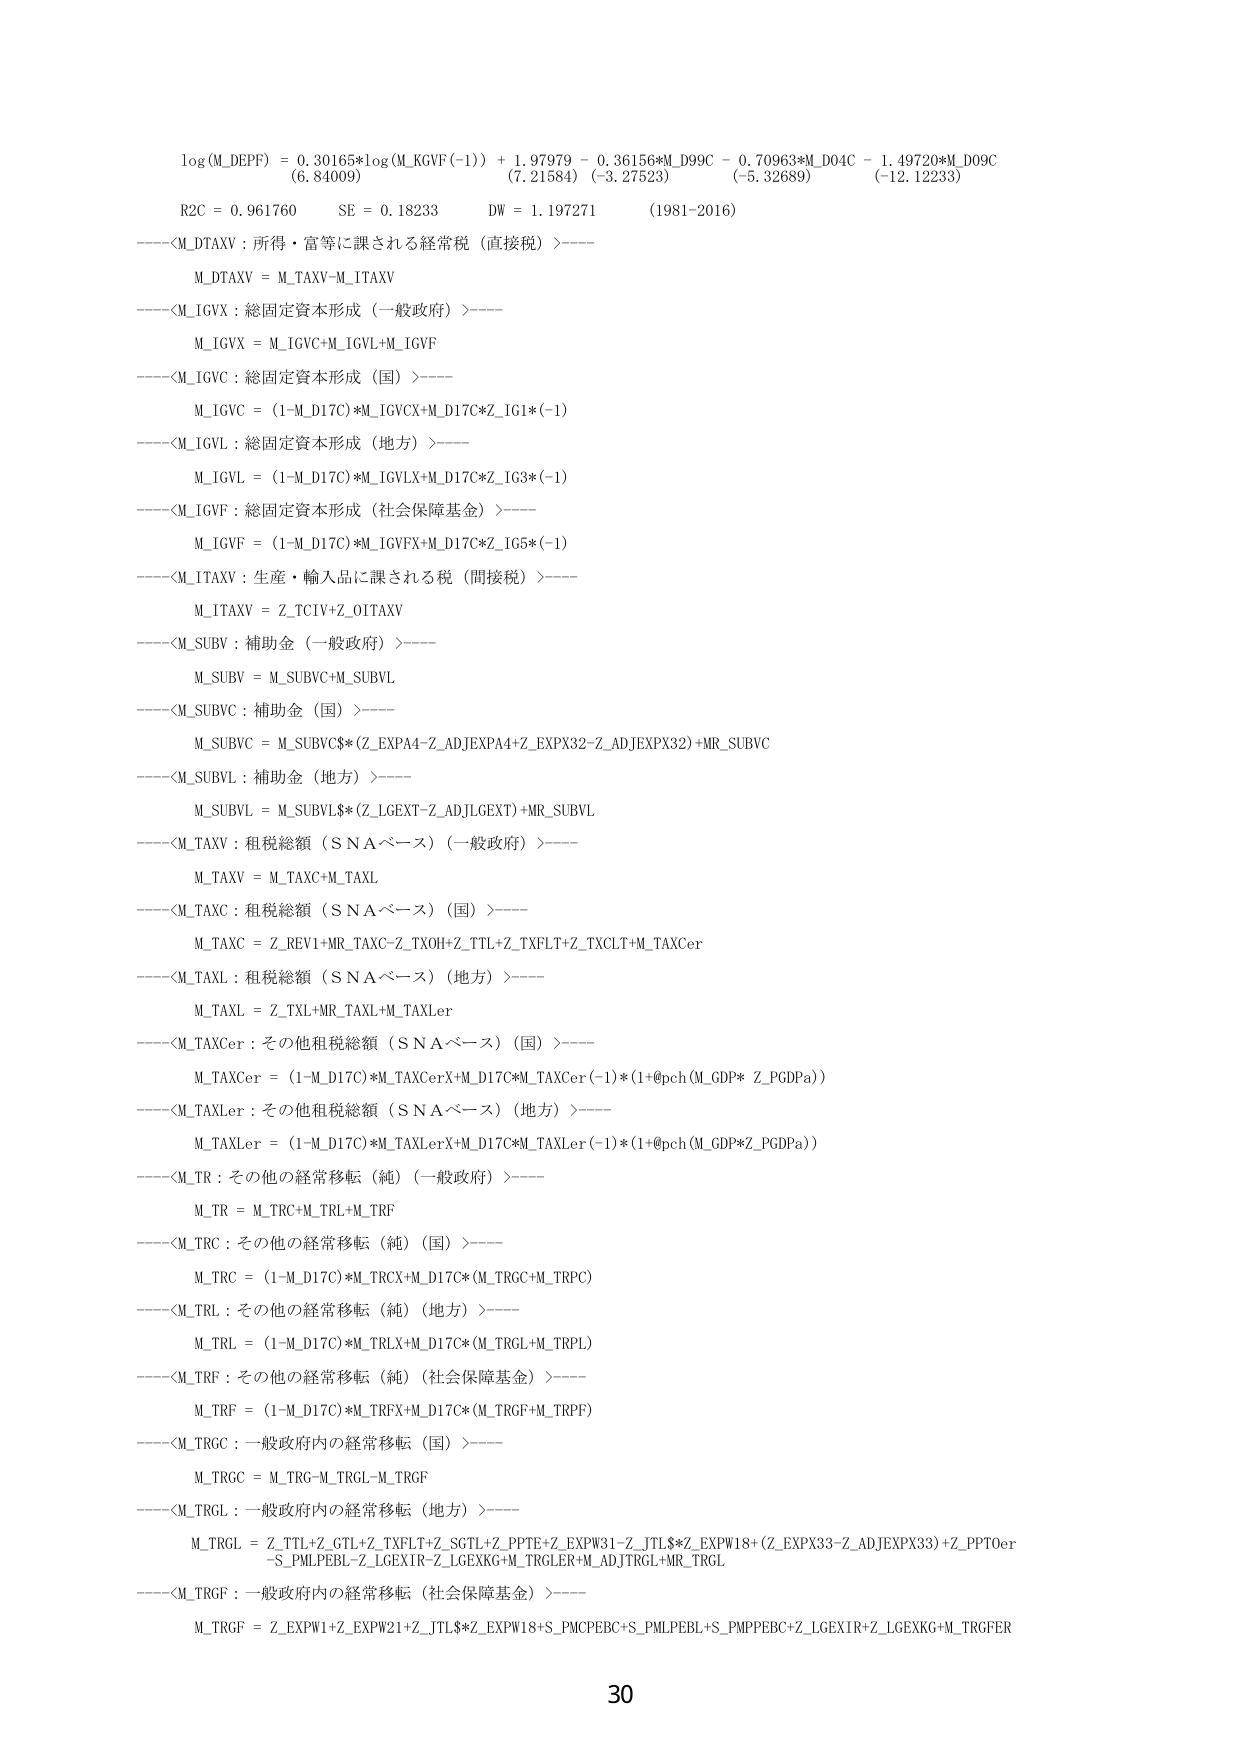
log(M_DEPF) = 0.30165*log(M_KGVF(-1)) + 1.97979 - 0.36156*M_D99C - 0.70963*M_D04C - 1.49720*M_D09C
(6.84009) (7.21584) (-3.27523) (-5.32689) (-12.12233)
R2C = 0.961760 SE = 0.18233 DW = 1.197271 (1981-2016)
----<M_DTAXV : 所得・富等に課される経常税（直接税）>----
M_DTAXV = M_TAXV-M_ITAXV
----<M_IGVX : 総固定資本形成（一般政府）>----
M_IGVX = M_IGVC+M_IGVL+M_IGVF
----<M_IGVC : 総固定資本形成（国）>----
M_IGVC = (1-M_D17C)*M_IGVCX+M_D17C*Z_IG1*(-1)
----<M_IGVL : 総固定資本形成（地方）>----
M_IGVL = (1-M_D17C)*M_IGVLX+M_D17C*Z_IG3*(-1)
----<M_IGVF : 総固定資本形成（社会保障基金）>----
M_IGVF = (1-M_D17C)*M_IGVFX+M_D17C*Z_IG5*(-1)
----<M_ITAXV : 生産・輸入品に課される税（間接税）>----
M_ITAXV = Z_TCIV+Z_0ITAXV
----<M_SUBV : 補助金（一般政府）>----
M_SUBV = M_SUBVC+M_SUBVL
----<M_SUBVC : 補助金（国）>----
M_SUBVC = M_SUBVC$(Z_EXPA4-Z_ADJEXPA4+Z_EXPX32-Z_ADJEXPX32)+MR_SUBVC
----<M_SUBVL : 補助金（地方）>----
M_SUBVL = M_SUBVL$(Z_LGEXT-Z_ADJLGEXT)+MR_SUBVL
----<M_TAXV : 租税総額（ＳＮＡベース）（一般政府）>----
M_TAXV = M_TAXC+M_TAXL
----<M_TAXC : 租税総額（ＳＮＡベース）（国）>----
M_TAXC = Z_REV1+MR_TAXC-Z_TXOH+Z_TTL+Z_TXFLT+Z_TXCLT+M_TAXCer
----<M_TAXL : 租税総額（ＳＮＡベース）（地方）>----
M_TAXL = Z_TXL+MR_TAXL+M_TAXLer
----<M_TAXCer : その他租税総額（ＳＮＡベース）（国）>----
M_TAXCer = (1-M_D17C)*M_TAXCerX+M_D17C*M_TAXCer(-1)*(1+@pch(M_GDP*Z_PGDPa))
----<M_TAXLer : その他租税総額（ＳＮＡベース）（地方）>----
M_TAXLer = (1-M_D17C)*M_TAXLerX+M_D17C*M_TAXLer(-1)*(1+@pch(M_GDP*Z_PGDPa))
----<M_TR : その他の経常移転（純）（一般政府）>----
M_TR = M_TRC+M_TRL+M_TRF
----<M_TRC : その他の経常移転（純）（国）>----
M_TRC = (1-M_D17C)*M_TRCX+M_D17C*(M_TRGC+M_TRPC)
----<M_TRL : その他の経常移転（純）（地方）>----
M_TRL = (1-M_D17C)*M_TRLX+M_D17C*(M_TRGL+M_TRPL)
----<M_TRF : その他の経常移転（純）（社会保障基金）>----
M_TRF = (1-M_D17C)*M_TRFX+M_D17C*(M_TRGF+M_TRPF)
----<M_TRGC : 一般政府内の経常移転（国）>----
M_TRGC = M_TRG-M_TRGL-M_TRGF
----<M_TRGL : 一般政府内の経常移転（地方）>----
M_TRGL = Z_TTL+Z_GTL+Z_TXFLT+Z_SGTL+Z_PPTF+Z_EXPW31-Z_JTL$*Z_EXPW18+(Z_EXPX33-Z_ADJEXPX33)+Z_PPTOer
-S_PMLPEBL-Z_LGEXIR-Z_LGEXKG-M_TRGLER-Z_ADJTRGL+MR_TRGL
----<M_TRGF : 一般政府内の経常移転（社会保障基金）>----
M_TRGF = Z_EXPW1+Z_EXPW21+Z_JTL$*Z_EXPW18+S_PMCPEBC+S_PMLPEBL+S_PMPPEBC+Z_LGEXIR+Z_LGEXKG+M_TRGFER
30